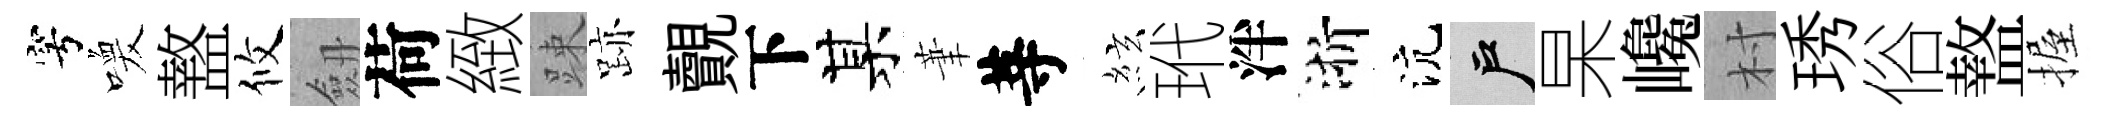
穹喚盩攸劔荷緻踈跡覿下某茟䓁絃玳泮浙沆户杲巉村琇俗盩握